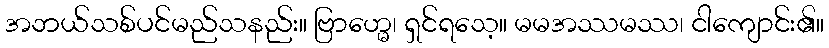
အဘယ်သစ်ပင်မည်သနည်း။ ဗြာဟ္မေ၊ ရှင်ရသေ့။ မမအဿမဿ၊ ငါကျောင်း၏။